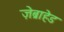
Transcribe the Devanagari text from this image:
ज़ेब्राहेड